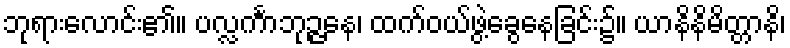
ဘုရားလောင်း၏။ ပလ္လင်္ကာဘုဉ္ဇနေ၊ ထက်ဝယ်ဖွဲ့ခွေနေခြင်း၌။ ယာနိနိမိတ္တာနိ၊